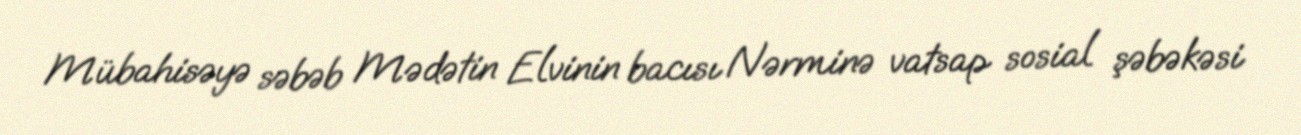
Mübahisəyə səbəb Mədətin Elvinin bacısı Nərminə vatsap sosial şəbəkəsi